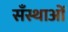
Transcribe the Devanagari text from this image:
सँस्थाओं